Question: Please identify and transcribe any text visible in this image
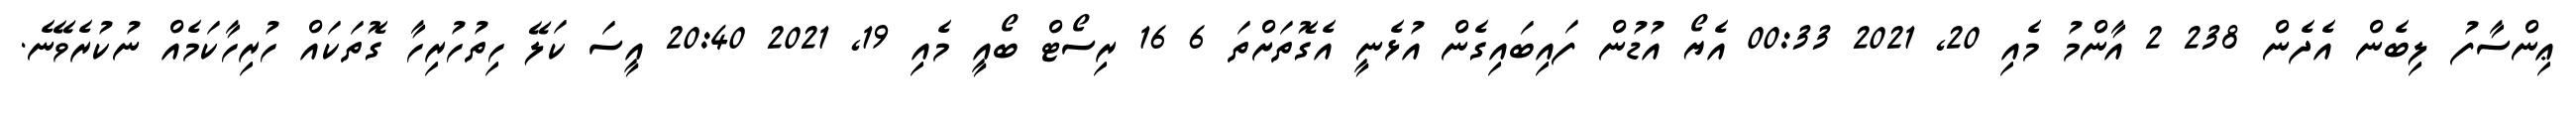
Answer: ޢިންސާފު ލިބެން އެދެން 238 2 އާންމު މެއި 20, 2021 00:33 އެޔޯ އުޑުން ފައިބައިގެން އުޅެނީ އެގޮތަށްތަ 6 16 ރިސޯޓް ބޯއީ މެއި 19, 2021 20:40 އީސަ ކަލޭ ހިތުހުރިހާ ގޮތަކައް ހުރިހާކަމެއް ނުކުރެވޭނެ.